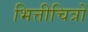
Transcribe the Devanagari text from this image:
भित्तीचित्रों